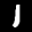
Label: 1